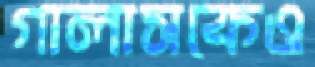
গালাসকেও